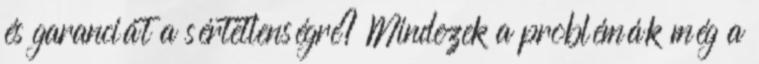
és garanciát a sértetlenségre? Mindezek a problémák még a